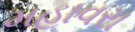
મહાવરા